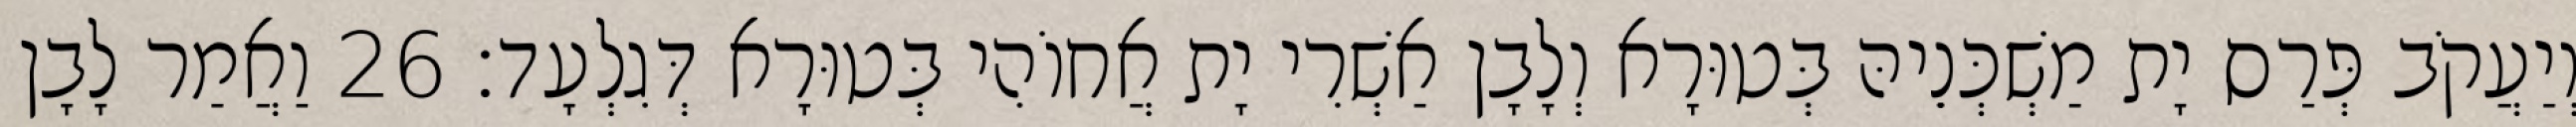
וְיַעֲקֹב פְּרַס יָת מַשְׁכְּנֵיהּ בְּטוּרָא וְלָבָן אַשְׁרִי יָת אֲחוֹהִי בְּטוּרָא דְּגִלְעָד׃ 26 וַאֲמַר לָבָן